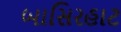
બાસિરહાટ